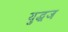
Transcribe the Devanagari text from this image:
युद्धज